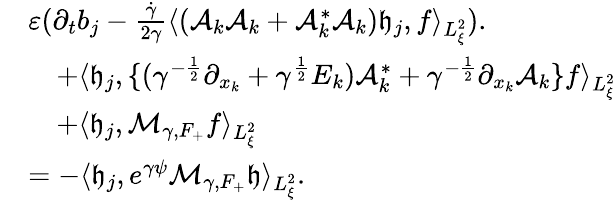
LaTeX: \begin{array}{rl}&{\varepsilon(\partial_{t}b_{j}-\frac{\dot{\gamma}}{2\gamma}\langle(\mathcal A_{k}\mathcal A_{k}+\mathcal A_{k}^{*}\mathcal A_{k})\mathfrak h_{j},f\rangle_{L_{\xi}^{2}}).}\\ &{\quad+\langle\mathfrak h_{j},\{ (\gamma^{-\frac{1}{2}}\partial_{x_{k}}+\gamma^{\frac{1}{2}}E_{k})\mathcal A_{k}^{*}+\gamma^{-\frac{1}{2}}\partial_{x_{k}}\mathcal A_{k}\} f\rangle_{L_{\xi}^{2}}}\\ &{\quad+\langle\mathfrak h_{j},\mathcal M_{\gamma,F_{+}}f\rangle_{L_{\xi}^{2}}}\\ &{=-\langle\mathfrak h_{j},e^{\gamma\psi}\mathcal M_{\gamma,F_{+}}\mathfrak h\rangle_{L_{\xi}^{2}}.}\end{array}